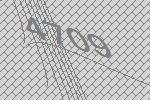
4709